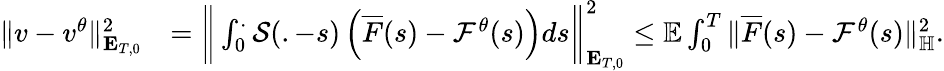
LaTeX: \begin{array}{rl}{\Vert v-v^{\theta}\Vert_{\mathbf{E}_{T,0}}^{2}}&{=\bigg\Vert\int_{0}^{.}\mathcal{S}(.-s)\left(\overline{{F}}(s)-\mathcal{F}^{\theta}(s)\right)ds\bigg\Vert_{\mathbf{E}_{T,0}}^{2}\leq\mathbb{E}\int_{0}^{T}\Vert\overline{{F}}(s)-\mathcal{F}^{\theta}(s)\Vert_{\mathbb{H}}^{2}.}\end{array}